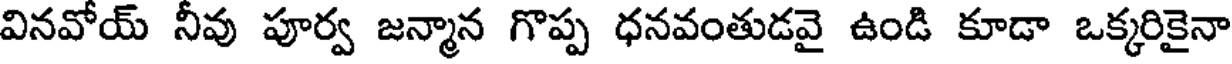
వినవోయ్ నీవు పూర్వ జన్మాన గొప్ప ధనవంతుడవై ఉండి కూడా ఒక్కరికైనా